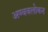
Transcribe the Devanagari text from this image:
अण्ववलोकन